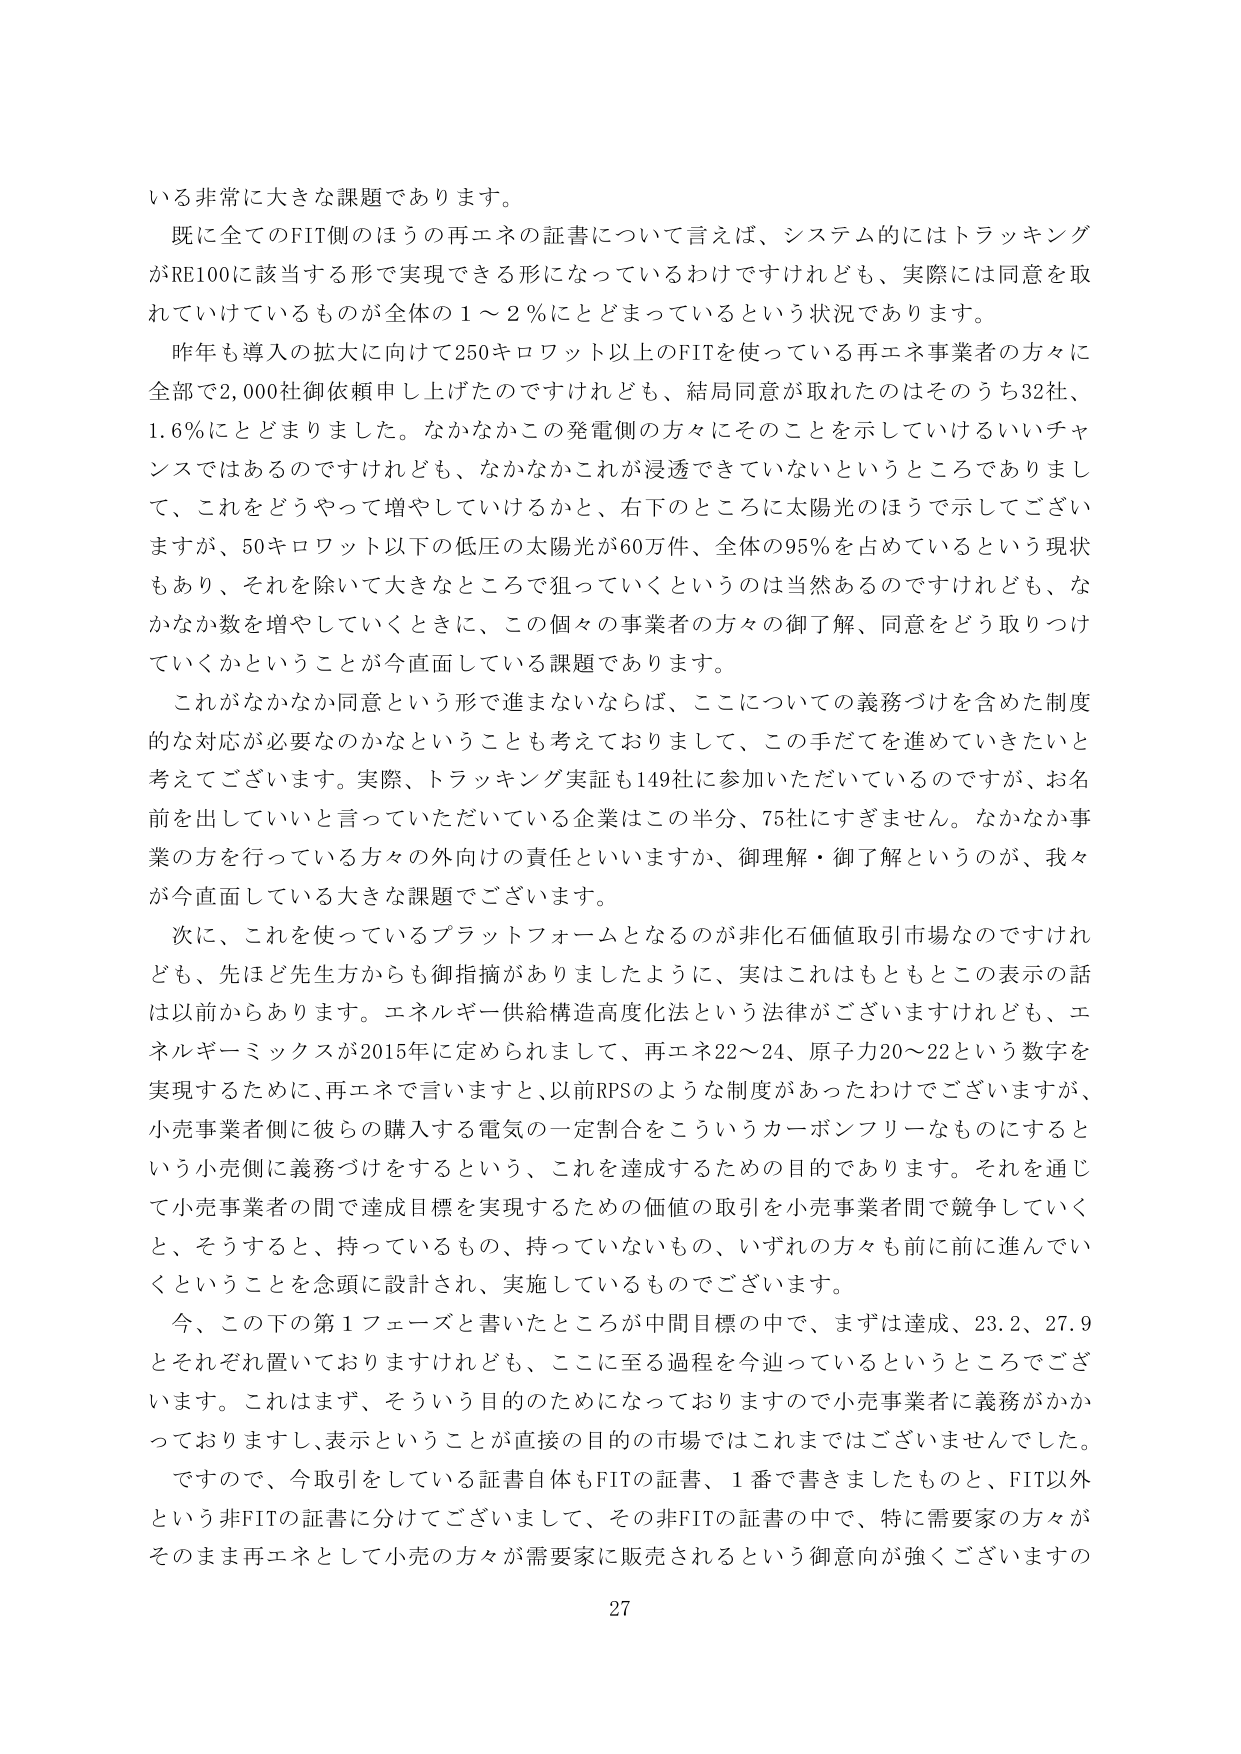
いる非常に大きな課題であります。

既に全てのFIT側のほうの再エネの証書について言えば、システム的にはトラッキングがRE100に該当する形で実現できる形になっているわけですが、実際には同意を取れていけているものが全体の1～2％にとどまっているという状況であります。

昨年も導入の拡大に向けて250キロワット以上のFITを使っている再エネ事業者の方々に全部で2,000社御依頼申し上げたのですけれども、結局同意が取れたのはそのうち32社、1.6％にとどまりました。なかなかこの発電側の方々にそのことを示していけるいいチャンスではあるのですけれども、なかなかこれが浸透できていないというところでありまして、これをどうやって増やしていくかと、右下のところに太陽光のほうで示してございますが、50キロワット以下の低圧の太陽光が60万件、全体の95％を占めているという現状もあり、それを除いて大きなところで狙っていくというのは当然あるのですけれども、なかなか数を増やしていくときに、この個々の事業者の方々の御了解、同意をどう取りつけていくかということが今直面している課題であります。

これがなかなか同意という形で進まないならば、ここについての義務づけを含めた制度的な対応が必要なのかなということも考えておりまして、この手だてを進めていきたいと考えております。実際、トラッキング実証も149社に参加いただいているのですが、お名前を出していいと言っていただいている企業はこの半分、75社にすぎません。なかなか事業の方を行っている方々の外向けの責任といいますか、御理解・御了解というのが、我々が今直面している大きな課題でございます。

次に、これを使っているプラットフォームとなるのが非化石価値取引市場なのですが、先ほど先生方からも御指摘がありましたように、実はこれはもともとこの表示の話は以前からあります。エネルギー供給構造高度化法という法律がございますけれども、エネルギーミックスが2015年に定められまして、再エネ22～24、原子力20～22という数字を実現するために、再エネで言いますと、以前RPSのような制度があったわけですが、小売事業者側に彼らの購入する電気の一定割合をこういうカーボンフリーなものにするという小売側に義務づけをするという、これを達成するための目的であります。それを通じて小売事業者の間で達成目標を実現するための価値の取引を小売事業者間で競争していくと、そうすると、持っているもの、持っていないもの、いずれの方々も前に前に進んでいくということを念頭に設計され、実施しているものでございます。

今、この下の第1フェーズと書いたところが中間目標の中で、まずは達成、23.2、27.9とそれぞれ置いておりますけれども、ここに至る過程を今辿っているというところでございます。これはまず、そういう目的的ためになっておりますので小売事業者に義務がかかっておりますし、表示ということが直接の目的の市場ではこれまではございませんでした。

ですので、今取引をしている証書自体もFITの証書、1番で書きましたものと、FIT以外という非FITの証書に分けてございまして、その非FITの証書の中で、特に需要家の方々がそのまま再エネとして小売の方々が需要家に販売されるという御意向が強くございますの

27